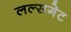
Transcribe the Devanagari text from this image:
लल्सगेट